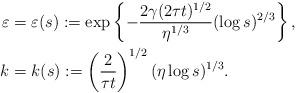
LaTeX: \begin{align*}\varepsilon &= \varepsilon(s) :=\exp\left\{- \frac{2\gamma(2\tau t)^{1/2}}{\eta^{1/3}}(\log s)^{2/3}\right\},\\k&=k(s) := \left(\frac{2}{\tau t}\right)^{1/2}(\eta\log s)^{1/3}.\end{align*}